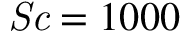
\mathit { S c } = 1 0 0 0